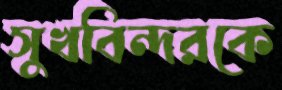
সুখবিন্দরকে